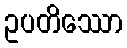
ဥပတိဿော